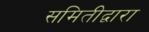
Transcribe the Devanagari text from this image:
समितीद्वारा